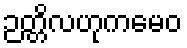
ဉတ္တိလဟုကမေဝ